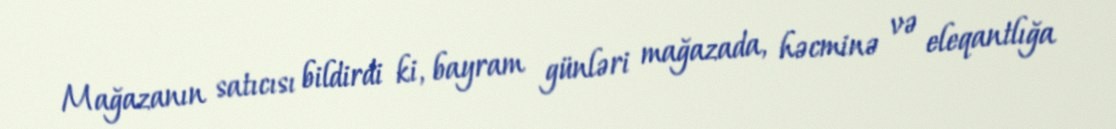
Mağazanın satıcısı bildirdi ki, bayram günləri mağazada, həcminə və eleqantlığa